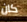
كان